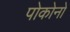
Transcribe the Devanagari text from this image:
पोकोनो